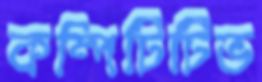
কম্পিটিটিভ